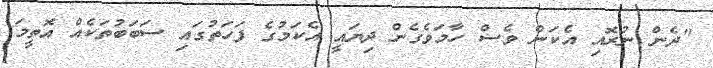
''ދެން ނުރޮއި އެކަން ވެސް ހާމަވެގެން ދިޔައީ އެކަމުގެ ފަހަތުގައި ސަބަބުތަކެއް އޮތީމަ